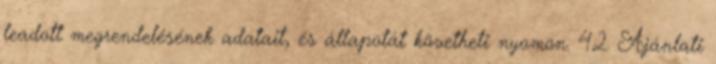
leadott megrendelésének adatait, és állapotát követheti nyomon. 4.2. Ajánlati